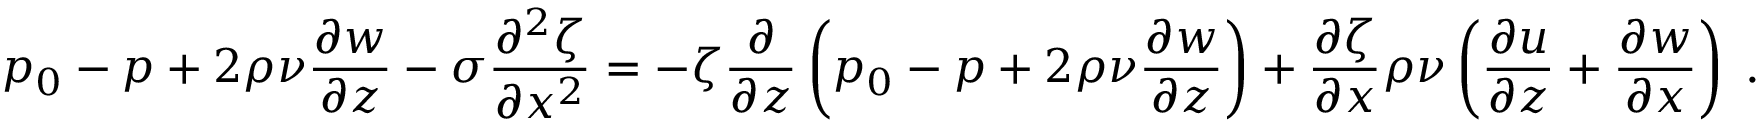
p _ { 0 } - p + 2 \rho \nu \frac { \partial w } { \partial z } - \sigma \frac { \partial ^ { 2 } \zeta } { \partial x ^ { 2 } } = - \zeta \frac { \partial } { \partial z } \left( p _ { 0 } - p + 2 \rho \nu \frac { \partial w } { \partial z } \right) + \frac { \partial \zeta } { \partial x } \rho \nu \left( \frac { \partial u } { \partial z } + \frac { \partial w } { \partial x } \right) \; .